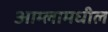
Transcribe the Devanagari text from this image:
आम्लामधील